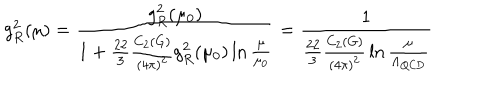
LaTeX: g _ { R } ^ { 2 } ( \mu ) = { \frac { g _ { R } ^ { 2 } ( \mu _ { 0 } ) } { 1 + { \frac { 2 2 } { 3 } } { \frac { C _ { 2 } ( G ) } { ( 4 \pi ) ^ { 2 } } } g _ { R } ^ { 2 } ( \mu _ { 0 } ) \ln { \frac { \mu } { \mu _ { 0 } } } } } = { \frac { 1 } { { \frac { 2 2 } { 3 } } { \frac { C _ { 2 } ( G ) } { ( 4 \pi ) ^ { 2 } } } \ln { \frac { \mu } { \Lambda _ { \mathrm { Q C D } } } } } }